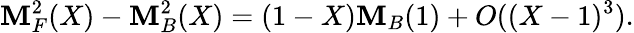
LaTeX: \mathbf{M}_{F}^{2}(X)-\mathbf{M}_{B}^{2}(X)=(1-X)\mathbf{M}_{B}(1)+O((X-1)^{3}).